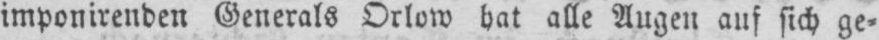
imponirenden Generals Orlow hat alle Augen auf sich ge⸗